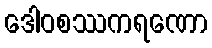
ဒေါဝစဿကရဏော